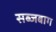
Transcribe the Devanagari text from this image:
सब्जबाग